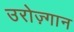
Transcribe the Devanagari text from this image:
उरोज़्गान